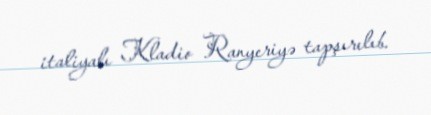
italiyalı Kladio Ranyeriyə tapşırılıb.